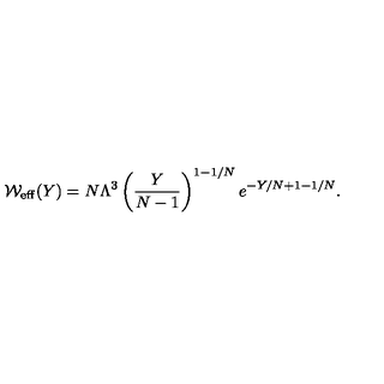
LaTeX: { \cal W } _ { \mathrm { e f f } } ( Y ) = N \Lambda ^ { 3 } \left( \frac { Y } { N - 1 } \right) ^ { 1 - 1 / N } e ^ { - Y / N + 1 - 1 / N } .